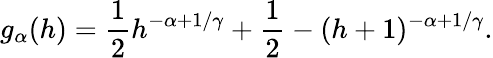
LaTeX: g_{\alpha}(h)=\frac{1}{2}h^{-\alpha+1/\gamma}+\frac{1}{2}-(h+1)^{-\alpha+1/\gamma}.